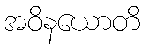
အဝိနယောတိ